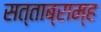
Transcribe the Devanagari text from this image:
सत्ताब्राम्ह